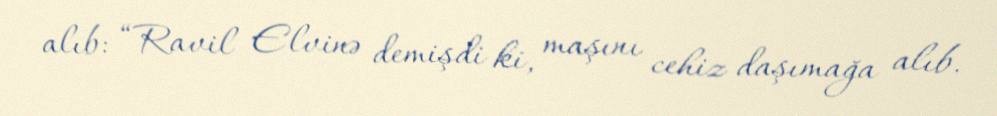
alıb: “Ravil Elvinə demişdi ki, maşını cehiz daşımağa alıb.